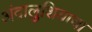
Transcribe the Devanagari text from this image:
अंदालुशियाचा